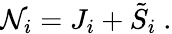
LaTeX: {\cal N}_{i}=J_{i}+{\tilde{S}}_{i}\ .